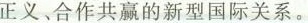
正义、合作共赢的新型国际关系。